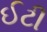
ઈટી